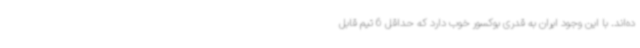
ده‌اند. با این وجود ایران به قدری بوکسور خوب دارد که حداقل 6 تیم قابل